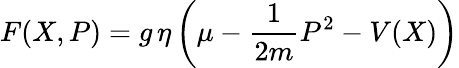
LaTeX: {F(X,P)=g\, \eta\left(\mu-\frac{1}{2m}P^{2}-V(X)\right)}